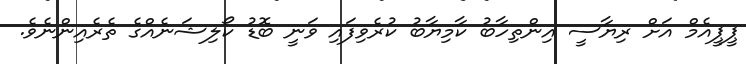
ޕީޕީއެމް އަށް ރިޔާސީ އިންތިހާބު ކާމިޔާބު ކުރެވިފައި ވަނީ ބޮޑު ކޯލިޝަނެއްގެ ތެރެއިންނެވެ.